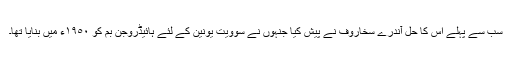
سب سے پہلے اس کا حل آندرے سخاروف نے پیش کیا جنہوں نے سوویت یونین کے لئے ہائیڈروجن بم کو ١٩٥٠ء میں بنایا تھا۔